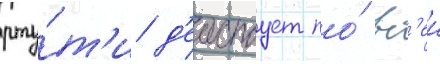
рту́т'и д'еиствует по́ вс'еи